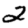
Digit: 2